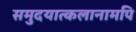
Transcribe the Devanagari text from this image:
समुदयात्कलानामपि